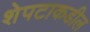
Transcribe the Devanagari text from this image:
शेपटाकडील